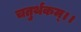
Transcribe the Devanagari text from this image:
चतुर्थकम्।।